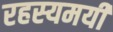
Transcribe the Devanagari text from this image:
रहस्‍यमयी